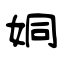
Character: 姛